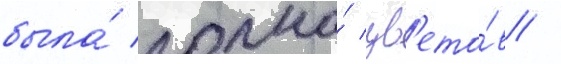
была́ полна́ цв'ето́в /